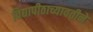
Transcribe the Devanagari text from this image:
विद्यापीठाच्यावतीने